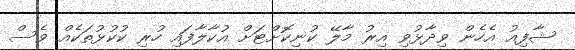
ޝާފިއު އެހެން ވިދާޅުވި އިރު މާލޭ ކުނިކޮށްޓަށް އުކާލާފައި ހުރި ކުކުޅުތަކެއް ވެސް